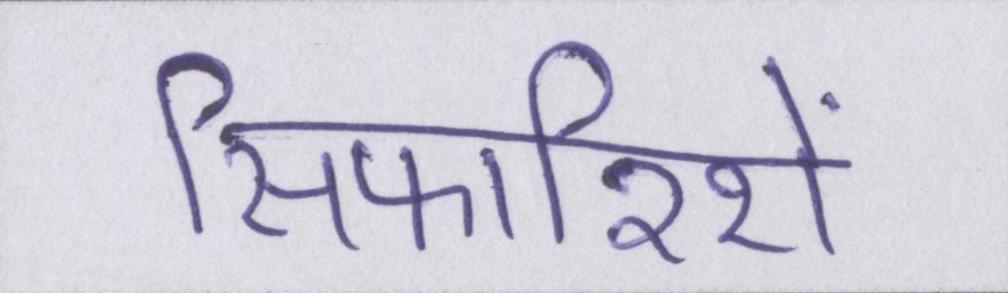
सिफारिशें